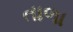
તાળા